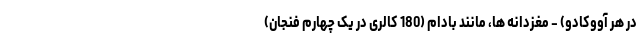
در هر آووکادو) - مغزدانه ها، مانند بادام (180 کالری در یک چهارم فنجان)